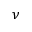
\nu